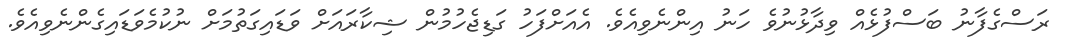
ރަސްގެފާނު ބަސްފުޅެއް ވިދާޅުނުވެ ހަނު އިންނެވިއެވެ. އެއަށްފަހު ގަޑިޖެހުމުން ޝިކާރައަށް ވަޑައިގަތުމަށް ނުކުމެވަޑައިގެންނެވިއެވެ.